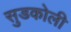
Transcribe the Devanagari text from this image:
सुडकोली